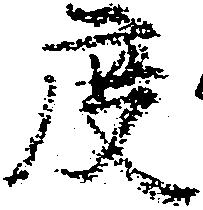
度